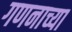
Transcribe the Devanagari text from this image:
गणनाच्या